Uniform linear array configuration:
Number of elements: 48
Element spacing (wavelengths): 0.5
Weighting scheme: cosine
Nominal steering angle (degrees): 45
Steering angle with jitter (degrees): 44.168
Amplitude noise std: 0.05
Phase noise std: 0.05

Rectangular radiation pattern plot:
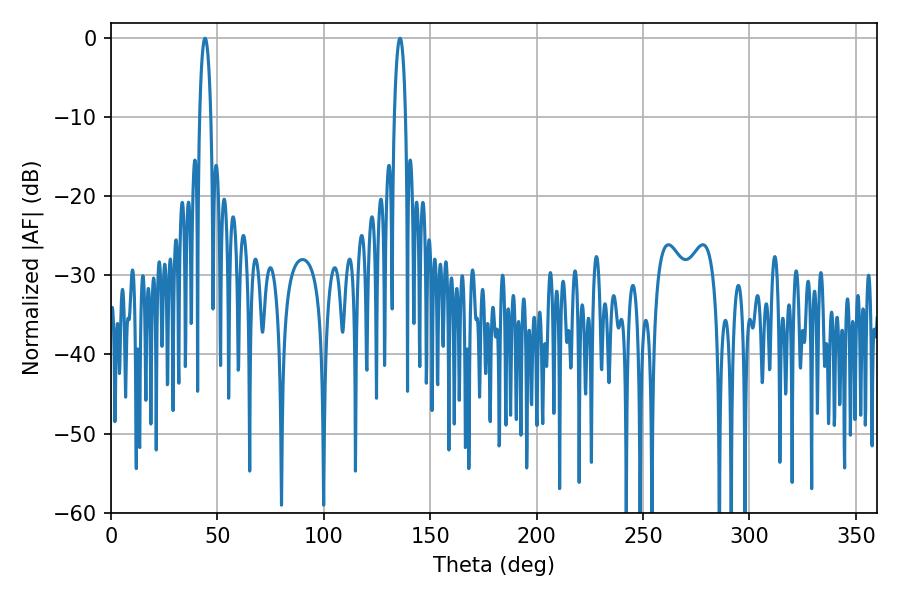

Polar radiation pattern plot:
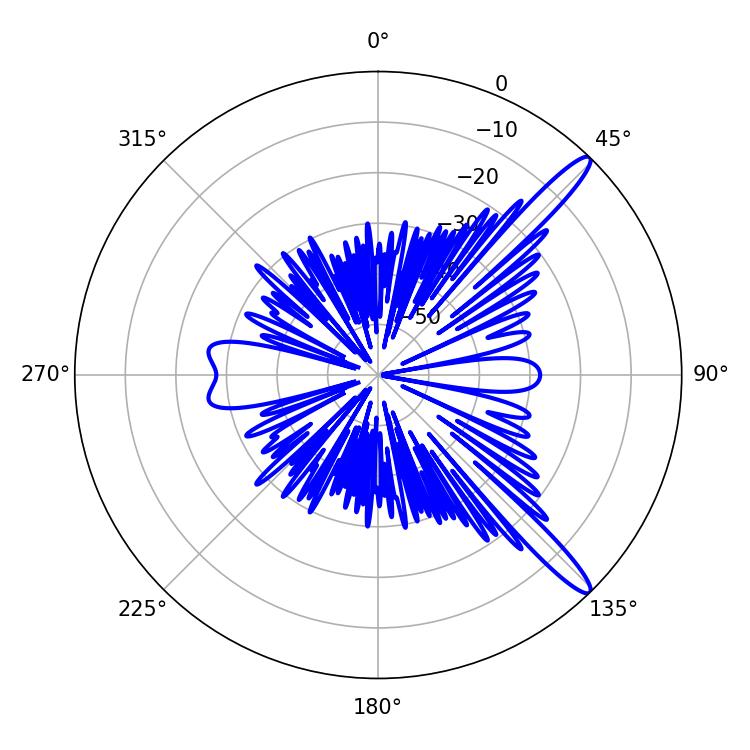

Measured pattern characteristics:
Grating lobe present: FALSE
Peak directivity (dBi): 13.922
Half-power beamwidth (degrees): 3.06
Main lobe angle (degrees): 44.28